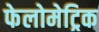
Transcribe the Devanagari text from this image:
फेलोमेट्रिक